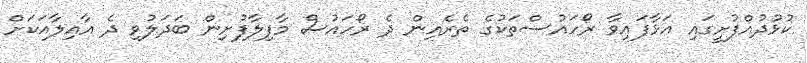
ކުޅުދުއްފުށީގައި އަޅާފައިވާ ރޯހައުސްތަކުގެ ތެރެއިން ދެ ރޯހައުސް މާފިލާފުށިން ބަދަލުވި ދެ އާއިލާއަކަށް